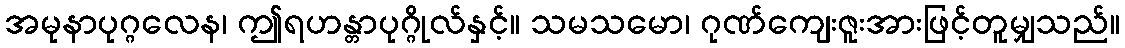
အမုနာပုဂ္ဂလေန၊ ဤရဟန္တာပုဂ္ဂိုလ်နှင့်။ သမသမော၊ ဂုဏ်ကျေးဇူးအားဖြင့်တူမျှသည်။